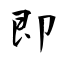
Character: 即